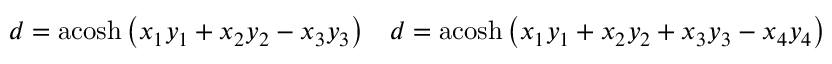
\begin{array} { c c } { d = \operatorname { a c o s h } \left( x _ { 1 } y _ { 1 } + x _ { 2 } y _ { 2 } - x _ { 3 } y _ { 3 } \right) } & { d = \operatorname { a c o s h } \left( x _ { 1 } y _ { 1 } + x _ { 2 } y _ { 2 } + x _ { 3 } y _ { 3 } - x _ { 4 } y _ { 4 } \right) } \end{array}